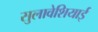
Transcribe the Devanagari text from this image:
सुलावेशियाई